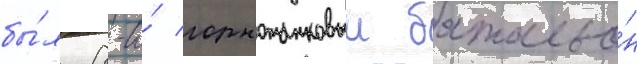
бы́л 8-и́ горнотанковыи батальо́н